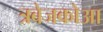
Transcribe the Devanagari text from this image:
त्रबेजकोआ